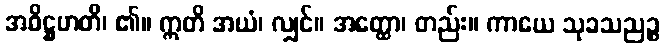
အဓိဋ္ဌဟတိ၊ ၏။ ဣတိ အယံ၊ လျှင်။ အတ္ထော၊ တည်း။ ကာယေ သုခသညဉ္စ